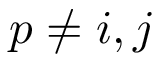
p \neq i , j